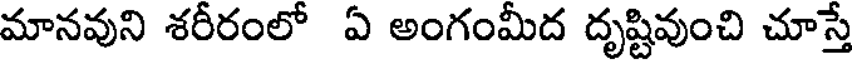
మానవుని శరీరంలో ఏ అంగంమీద దృష్టివుంచి చూస్తే